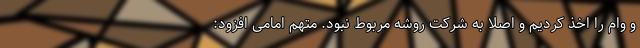
و وام را اخذ کردیم و اصلا به شرکت روشه مربوط نبود. متهم امامی افزود: